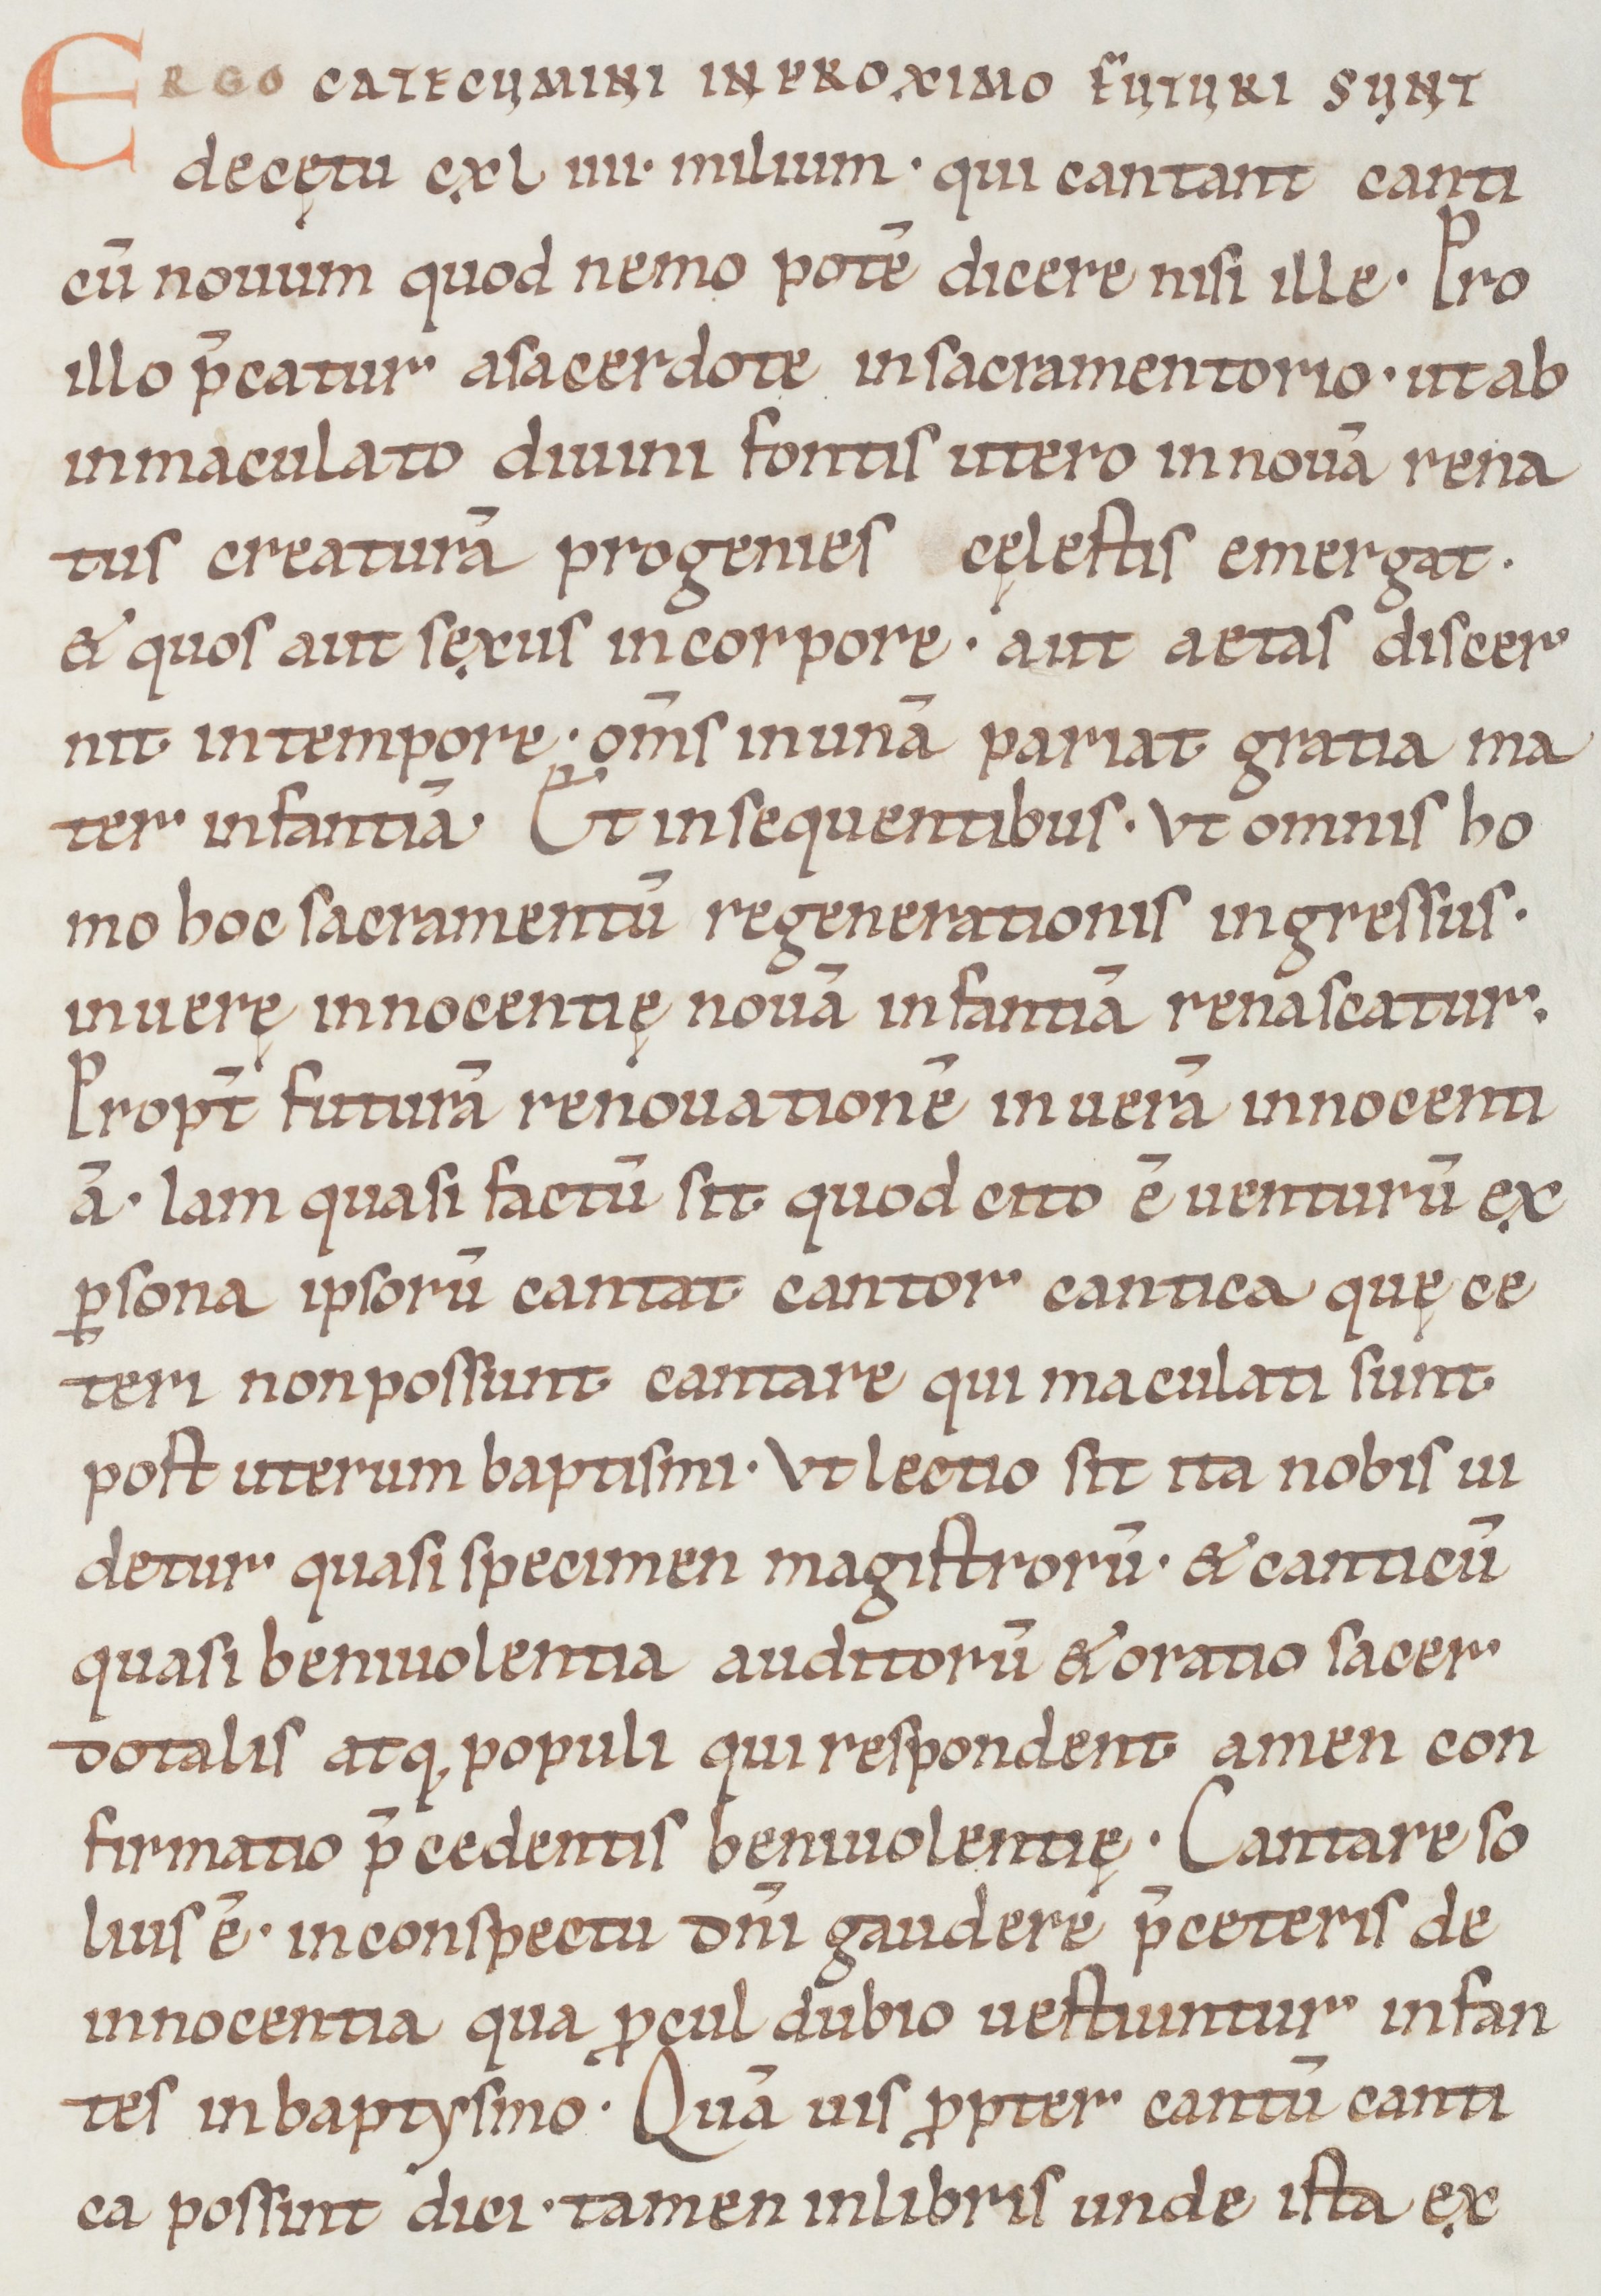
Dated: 1050–1099